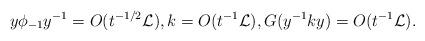
LaTeX: \begin{align*}y\phi_{-1}y^{-1}=O(t^{-1/2}\mathcal L),k=O(t^{-1}\mathcal L),G(y^{-1}ky)=O(t^{-1}\mathcal L).\end{align*}